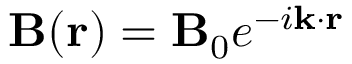
\mathbf { B } ( \mathbf { r } ) = \mathbf { B } _ { 0 } e ^ { - i \mathbf { k } \cdot \mathbf { r } }